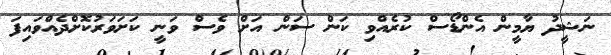
ނަޝީދު ޔާމީން އެންޑޯސް ކުރެއްވި ކަން ސަން އަށް ވެސް ވަނީ ކަށަވަރުކޮށްދެއްވައިފަ